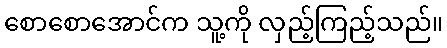
စောစောအောင်က သူ့ကို လှည့်ကြည့်သည်။